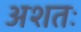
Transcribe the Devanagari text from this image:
अशतः